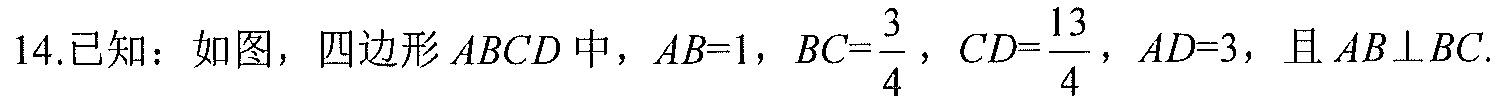
14.已知：如图，四边形\(ABCD\)中，\(AB = 1\)，\(BC=\frac{3}{4}\)，\(CD=\frac{13}{4}\)，\(AD = 3\)，且\(AB\perp BC\).